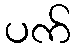
ပက်